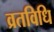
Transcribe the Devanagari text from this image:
व्रतविधि